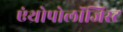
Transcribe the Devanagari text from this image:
एंथ्रोपोलॉजिस्ट